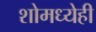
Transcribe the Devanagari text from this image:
शोमध्येही